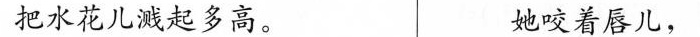
把水花儿溅起多高。 她咬着唇儿，